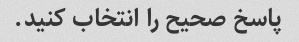
پاسخ صحیح را انتخاب کنید.